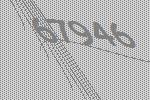
67946